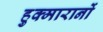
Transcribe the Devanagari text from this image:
हुक्मारानों